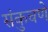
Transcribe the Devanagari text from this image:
संकुचणे